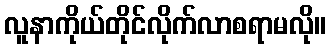
လူနာကိုယ်တိုင်လိုက်လာစရာမလို။